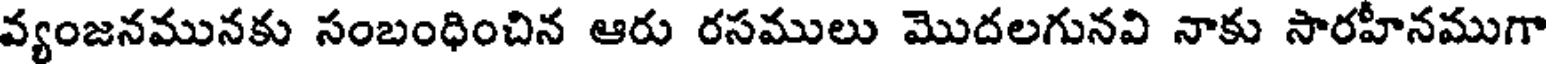
వ్యంజనమునకు సంబంధించిన ఆరు రసములు మొదలగునవి నాకు సారహీనముగా